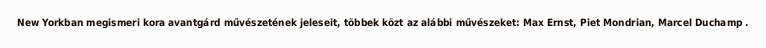
New Yorkban megismeri kora avantgárd művészetének jeleseit, többek közt az alábbi művészeket: Max Ernst, Piet Mondrian, Marcel Duchamp .